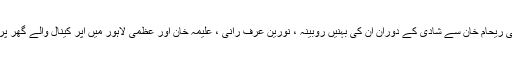
عمران خان کی ریحام خان سے شادی کے دوران ان کی بہنیں روبینہ ، نورین عرف رانی ، علیمہ خان اور عظمیٰ لاہور میں اپر کینال والے گھر پر موجود رہیں۔